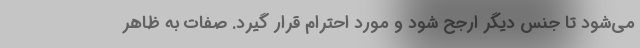
می‌شود تا جنس دیگر ارجح شود و مورد احترام قرار گیرد. صفات به ظاهر